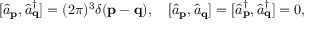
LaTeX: [ { \hat { a } } _ { \mathbf { p } } , { \hat { a } } _ { \mathbf { q } } ^ { \dagger } ] = ( 2 \pi ) ^ { 3 } \delta ( \mathbf { p } - \mathbf { q } ) , \quad [ { \hat { a } } _ { \mathbf { p } } , { \hat { a } } _ { \mathbf { q } } ] = [ { \hat { a } } _ { \mathbf { p } } ^ { \dagger } , { \hat { a } } _ { \mathbf { q } } ^ { \dagger } ] = 0 ,